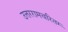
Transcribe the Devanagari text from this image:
उत्तररामचरितम्‍